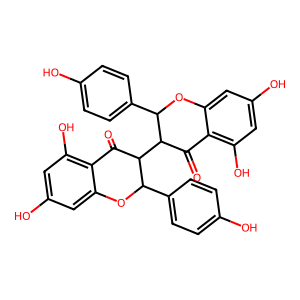
SMILES: O=C1c2c(O)cc(O)cc2OC(c2ccc(O)cc2)C1C1C(=O)c2c(O)cc(O)cc2OC1c1ccc(O)cc1
Inhibits HIV replication: No